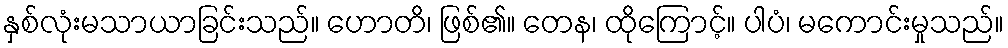
နှစ်လုံးမသာယာခြင်းသည်။ ဟောတိ၊ ဖြစ်၏။ တေန၊ ထိုကြောင့်။ ပါပံ၊ မကောင်းမှုသည်။